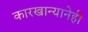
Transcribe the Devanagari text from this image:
कारखान्यानेही